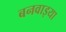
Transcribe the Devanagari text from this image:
बनवाइया